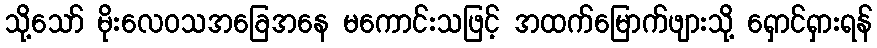
သို့သော် မိုးလေဝသအခြေအနေ မကောင်းသဖြင့် အထက်မြောက်ဖျားသို့ ရှောင်ရှားရန်